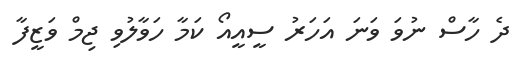
ދެ ހާސް ނުވަ ވަނަ އަހަރު ސީއީއޯ ކަމާ ހަވާލުވި ޖިމް ވަޒީފާ